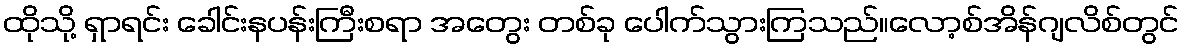
ထိုသို့ ရှာရင်း ခေါင်းနပန်းကြီးစရာ အတွေး တစ်ခု ပေါက်သွားကြသည်။လော့စ်အိန်ဂျလိစ်တွင်